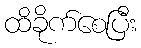
ထိခိုက်စေပြီး